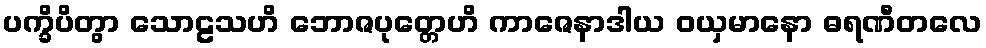
ပက္ခိပိတွာ သောဠသဟိ ဘောဇပုတ္တေဟိ ကာဇေနာဒါယ ဝယှမာနော ဓရဏီတလေ